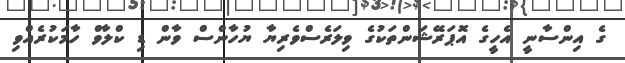
ގެ އިންސާނީ އެހީގެ އޮޕަރޭޝަންތަކުގެ ވިލަރެސްވެރިޔާ ޔުހާންސް ވާން ޑި ކްލާވް ހާމަކުރެއްވި